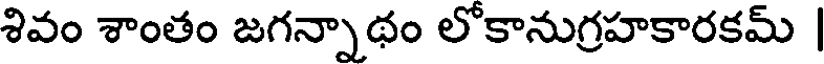
శివం శాంతం జగన్నాథం లోకానుగ్రహకారకమ్ |